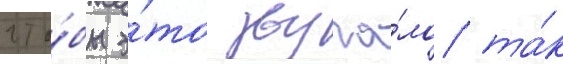
что́бы э́то звуча́ло та́к